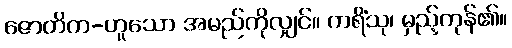
ဇောတိက-ဟူသော အမည်ကိုလျှင်။ ကရိံသု၊ မှည့်ကုန်၏။